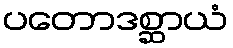
ပတောဒစ္ဆာယံ